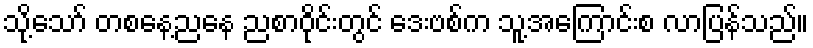
သို့သော် တစနေ့ညနေ ညစာဝိုင်းတွင် ဒေးဗစ်က သူ့အကြောင်းစ လာပြန်သည်။